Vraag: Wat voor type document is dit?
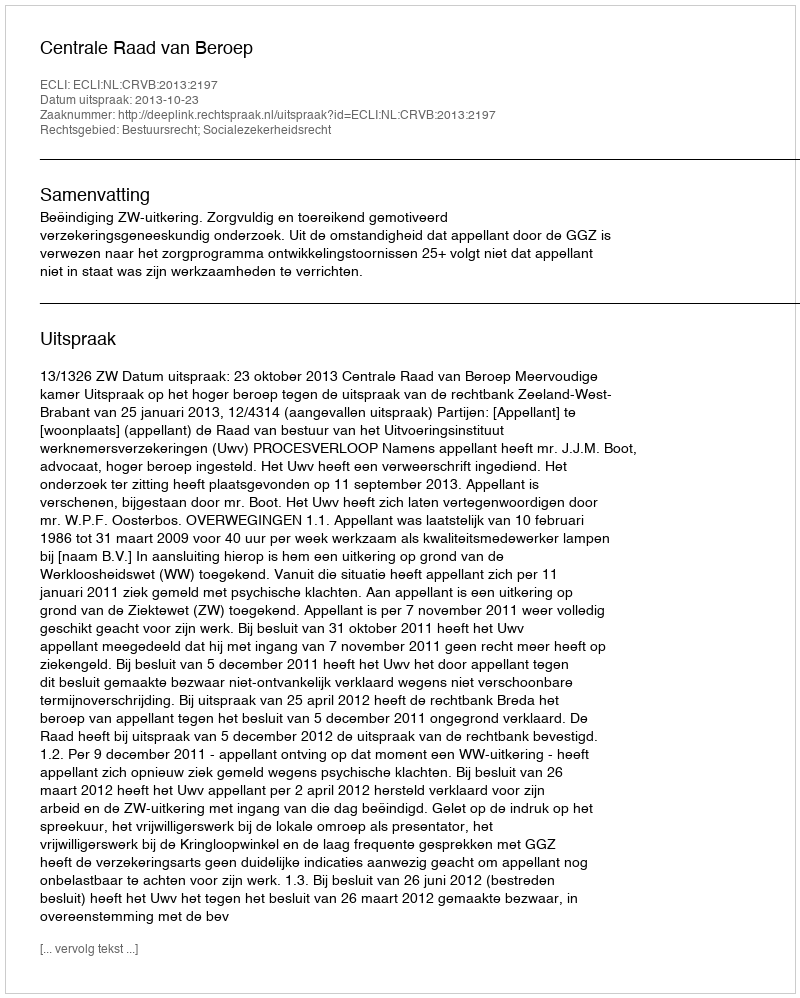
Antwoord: Uitspraak